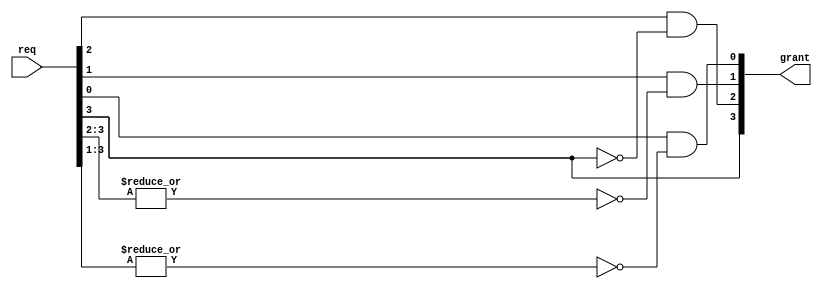
module FPA #(parameter NumPorts=4)(req,grant);
  input [NumPorts-1:0] req;
  output [NumPorts-1:0] grant;
assign grant[3]=req[3];
genvar i;
  for(i=2; i>=0; i=i-1) begin
    assign grant[i] = req[i] && (~(|(req[3:i+1])));
  end
endmodule